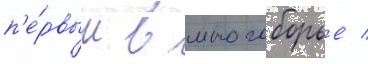
п'е́рвым в многоборье /